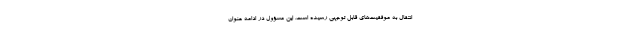
انتقال به موفقیت‌های قابل توجهی رسیده است. این مسؤول در ادامه عنوان